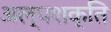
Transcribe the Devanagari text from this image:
अल्पशक्ति